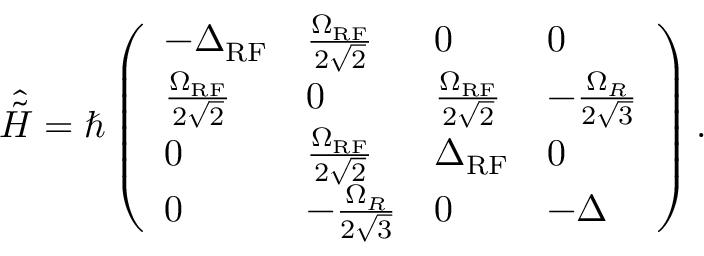
\begin{array} { r } { \hat { \Tilde { H } } = \hbar \left( \begin{array} { l l l l } { - \Delta _ { \mathrm { R F } } } & { \frac { \Omega _ { \mathrm { R F } } } { 2 \sqrt { 2 } } } & { 0 } & { 0 } \\ { \frac { \Omega _ { \mathrm { R F } } } { 2 \sqrt { 2 } } } & { 0 } & { \frac { \Omega _ { \mathrm { R F } } } { 2 \sqrt { 2 } } } & { - \frac { \Omega _ { R } } { 2 \sqrt { 3 } } } \\ { 0 } & { \frac { \Omega _ { \mathrm { R F } } } { 2 \sqrt { 2 } } } & { \Delta _ { \mathrm { R F } } } & { 0 } \\ { 0 } & { - \frac { \Omega _ { R } } { 2 \sqrt { 3 } } } & { 0 } & { - \Delta } \end{array} \right) . } \end{array}